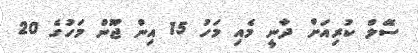
ސޭލް ކުރިއަށް ދާނީ މެއި މަހު 15 އިން ޖޫން މަހުގެ 20